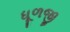
ધૂળજી